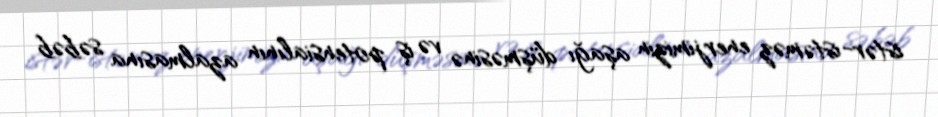
istər-istəməz enerjimizin aşağı düşməsinə və iş potensialının azalmasına səbəb